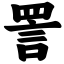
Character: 詈